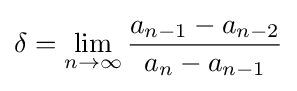
\delta =\lim _{n\to \infty }{\frac {a_{n-1}-a_{n-2}}{a_{n}-a_{n-1}}}